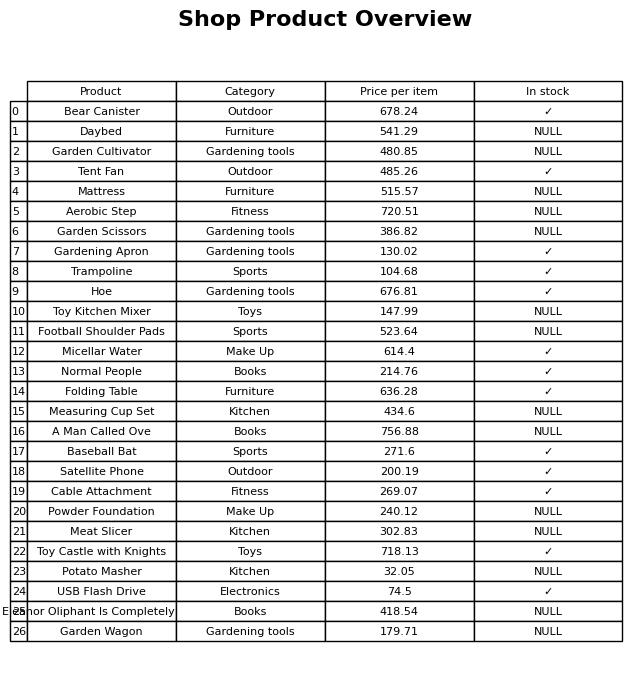
question: What is the price of the Trampoline?
answer: The price of Trampoline is 104.68.